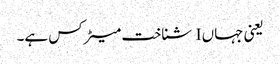
یعنی جہاں I شناخت میٹرکس ہے۔